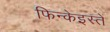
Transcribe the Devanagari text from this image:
फिन्केइस्तें